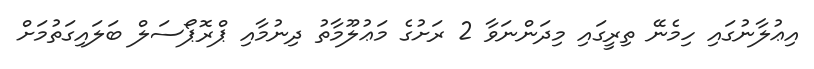
އިޢުލާނުގައި ހިމެނޭ ތިރީގައި މިދަންނަވާ 2 ރަށުގެ މަޢުލޫމާތު ދިނުމާއި ޕްރޮޕޯސަލް ބަލައިގަތުމަށް